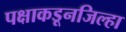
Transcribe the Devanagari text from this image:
पक्षाकडूनजिल्हा